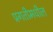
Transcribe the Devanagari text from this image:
प्रगतीमधील